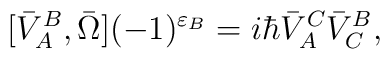
[\bar{V}^B_A,\bar{\Omega}](-1)^{\varepsilon_B}=i\hbar\bar{V}^C_A\bar{V}^B_C,